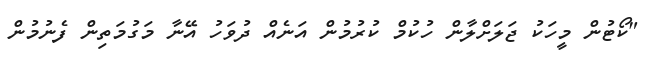
"ކޯޓުން މީހަކު ޖަލަށްލާން ހުކުމް ކުރުމުން އަނެއް ދުވަހު އޭނާ މަގުމަތިން ފެނުމުން